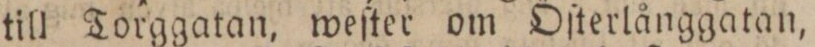
till Torggatan, weſter om Öſterlånggatan,